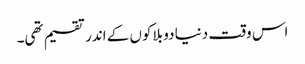
اس وقت دنیا دو بلاکوں کے اندر تقسیم تھی۔